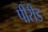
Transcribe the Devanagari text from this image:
पीरीड